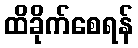
ထိခိုက်စေရန်